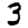
Digit: 3